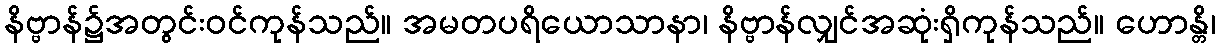
နိဗ္ဗာန်၌အတွင်းဝင်ကုန်သည်။ အမတပရိယောသာနာ၊ နိဗ္ဗာန်လျှင်အဆုံးရှိကုန်သည်။ ဟောန္တိ၊